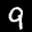
Label: 9